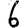
Digit: 6